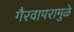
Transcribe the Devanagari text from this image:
गैरवापरामुळे